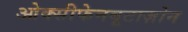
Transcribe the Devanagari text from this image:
ओक्सीफेनबूटाज़ोन